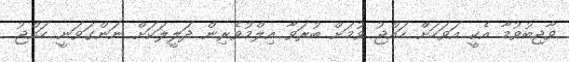
ވާޖިބުވުމާ އެކީ އަވަހަށް ހައްޖު ވުމަށް ބުރަވާ އިލްމުވެރިން ދަލީލަކަށް ނަންގަވަނީ ހައްޖު